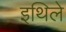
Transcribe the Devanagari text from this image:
इथिले